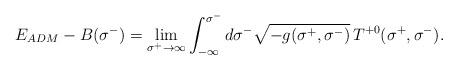
LaTeX: \begin{align*}E_{ADM}-B(\sigma^-) = \lim_{\sigma^+ \to \infty} \int_{-\infty}^{\sigma^-}d\sigma^- \sqrt{-g(\sigma^+, \sigma^-)}\,T^{+0}(\sigma^+,\sigma^-).\end{align*}